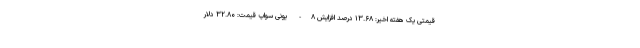
قیمتی یک هفته اخیر: ۱۳.۶۸ درصد افزایش ۸- یونی سواپ قیمت: ۳۲.۸۰ دلار